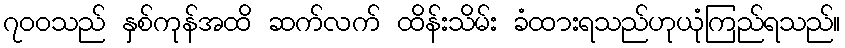
၇၀၀သည် နှစ်ကုန်အထိ ဆက်လက် ထိန်းသိမ်း ခံထားရသည်ဟုယုံကြည်ရသည်။